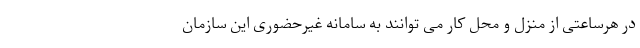
در هرساعتی از منزل و محل کار می توانند به سامانه غیرحضوری این سازمان